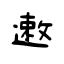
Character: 遫